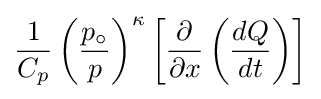
{\frac {1}{C_{p}}}\left({\frac {p_{\circ }}{p}}\right)^{\kappa }\left[{\frac {\partial }{\partial x}}\left({\frac {dQ}{dt}}\right)\right]